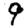
Digit: 9